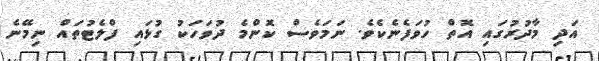
އަދި މާދުރުގައި އޮތް ހުވަފެނެކެވެ. ނަމަވެސް ކޮންމެ ދުވަހަކު ގުޅައި ފްލެޓުތައް ނިމޭނެ